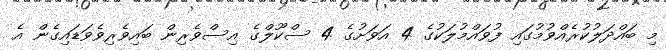
މި ބައްދަލުކުރެއްވުމުގައި ފުވައްމުލަކުގެ 4 އަވަށުގެ 4 ސްކޫލްގެ އިސްވެރިން ބައިވެރިވެވަޑައިގެން އެ